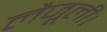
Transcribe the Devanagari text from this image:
लैजूली।